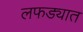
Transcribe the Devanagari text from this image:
लफड्यात